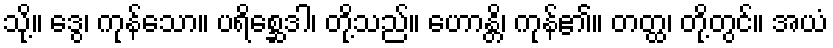
သို့။ ဒွေ၊ ကုန်သော။ ပရိစ္ဆေဒါ၊ တို့သည်။ ဟောန္တိ၊ ကုန်၏။ တတ္ထ၊ တို့တွင်။ အယံ